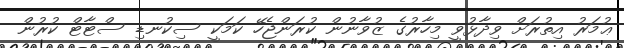
ޢުމަރު އިތުރަށް ވިދާޅުވީ މިހާރުގެ ޒުވާނުން ކުރަންޖެހޭ ކަމަކީ ސިކުނޑި ސްޓާޓް ކުރުން